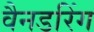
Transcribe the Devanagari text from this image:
वैनडरिंग